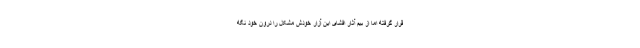
قرار گرفته اما از بیم آثار افشای این آزار خودش مشکل را درون خود نگه